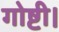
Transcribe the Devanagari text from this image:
गोष्टी।